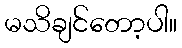
မသိချင်တော့ပါ။